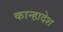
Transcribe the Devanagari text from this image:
कान्हादेश